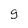
Character: 9